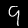
Label: 9